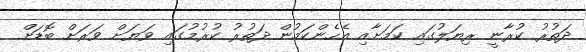
ދަތުރު ކުރާނީ ރިޔަލުގައި ކަމަށާއި އެހެންކަމުން ދަތުރު ކުރުމުގައި ވަޔަށް ވަރަށް ބޮޑަށް